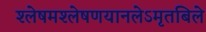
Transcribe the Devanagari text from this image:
श्लेषमश्लेषणयानलेऽमृतबिले